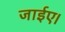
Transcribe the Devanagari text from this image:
जाईए।